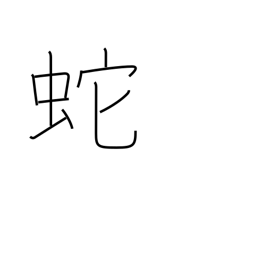
Meaning: serpent